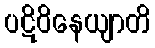
ပဋိဝိနေယျာတိ